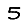
Digit: 5